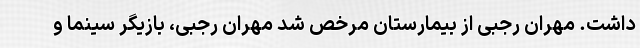
داشت. مهران رجبی از بیمارستان مرخص شد مهران رجبی، بازیگر سینما و